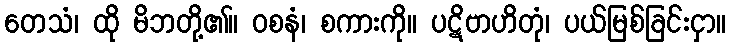
တေသံ၊ ထို မိဘတို့၏။ ဝစနံ၊ စကားကို။ ပဋိဗာဟိတုံ၊ ပယ်မြစ်ခြင်းငှာ။